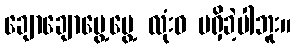
ချောချောမွေ့မွေ့ လုံးဝ မရှိခဲ့ပါဘူး။